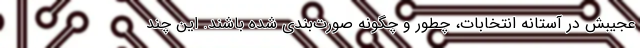
عجیبش در آستانه انتخابات، چطور و چگونه صورت‌بندی شده باشند. این چند